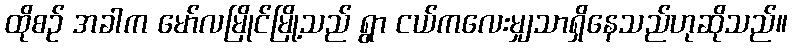
ထိုစဉ် အခါက မော်လမြိုင်မြို့သည် ရွာ ငယ်ကလေးမျှသာရှိနေသည်ဟုဆိုသည်။